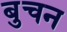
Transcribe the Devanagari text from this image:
बुचन